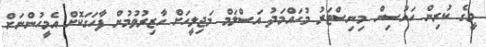
މީގެ ކުރިން ހައުސިން މިނިސްޓަރު މުހައްމަދު އަސްލަމް މަޖިލީހަށް ހާޒިރުވުމުން ފާހަގަކޮށް އެމީހުންނަށް